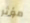
مؤثر